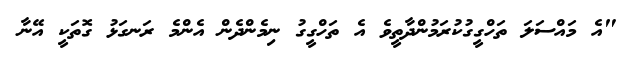
"އެ މައްސަލަ ތަހްގީގުކުރަމުންދާތީވެ އެ ތަހްގީގު ނިމެންދެން އެންމެ ރަނގަޅު ގޮތަކީ އޭނާ